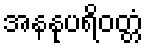
အနနုပရိဝတ္တံ